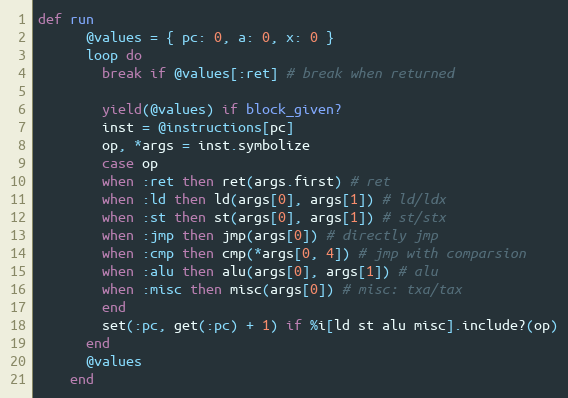
Language: Ruby
def run
      @values = { pc: 0, a: 0, x: 0 }
      loop do
        break if @values[:ret] # break when returned

        yield(@values) if block_given?
        inst = @instructions[pc]
        op, *args = inst.symbolize
        case op
        when :ret then ret(args.first) # ret
        when :ld then ld(args[0], args[1]) # ld/ldx
        when :st then st(args[0], args[1]) # st/stx
        when :jmp then jmp(args[0]) # directly jmp
        when :cmp then cmp(*args[0, 4]) # jmp with comparsion
        when :alu then alu(args[0], args[1]) # alu
        when :misc then misc(args[0]) # misc: txa/tax
        end
        set(:pc, get(:pc) + 1) if %i[ld st alu misc].include?(op)
      end
      @values
    end